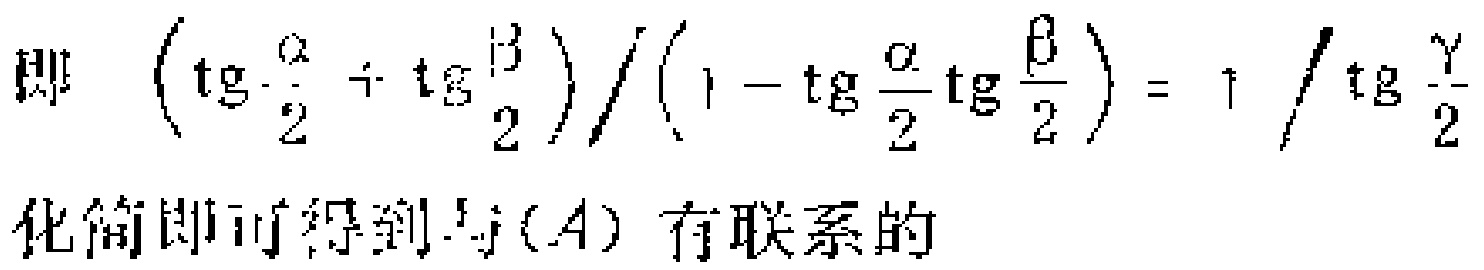
即 \(\left(\mathrm{tg}\frac{\alpha}{2}+\mathrm{tg}\frac{\beta}{2}\right)/\left(1 - \mathrm{tg}\frac{\alpha}{2}\mathrm{tg}\frac{\beta}{2}\right)=1/\mathrm{tg}\frac{\gamma}{2}\)

化简即可得到与\((A)\)有联系的